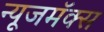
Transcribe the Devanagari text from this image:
न्यूजमॅक्स